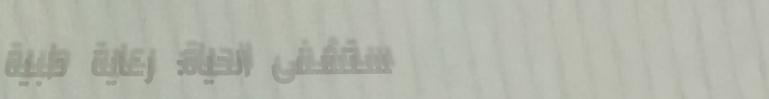
مستشفى الحياة: رعاية طبية